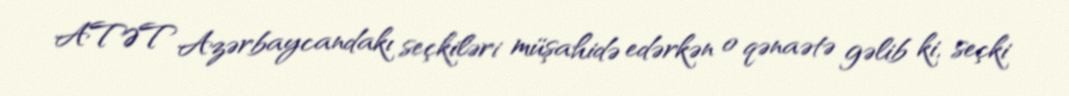
ATƏT Azərbaycandakı seçkiləri müşahidə edərkən o qənaətə gəlib ki, seçki